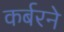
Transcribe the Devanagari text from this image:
कर्बरने